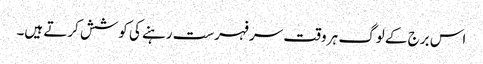
اس برج کے لوگ ہر وقت سر فہرست رہنے کی کوشش کرتے ہیں۔